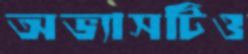
অভ্যাসটিও